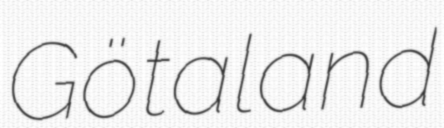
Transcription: Götaland